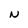
Character: N